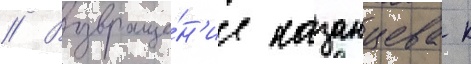
// Возвраще́н'ие казанцева к